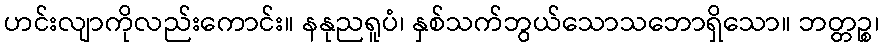
ဟင်းလျာကိုလည်းကောင်း။ နနုညရူပံ၊ နှစ်သက်ဘွယ်သောသဘောရှိသော။ ဘတ္တဉ္စ၊